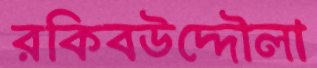
রকিবউদ্দৌলা